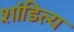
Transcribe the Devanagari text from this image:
शांडिल्‍य